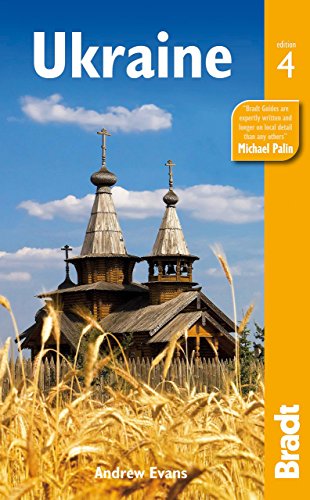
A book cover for Ukraine, 4th Edition; Andrew Dr Evans; Travel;